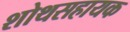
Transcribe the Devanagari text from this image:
शोथसहायक